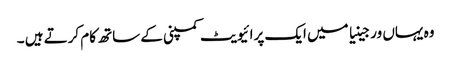
وہ یہاں ورجینیا میں ایک پرائیویٹ کمپنی کے ساتھ کام کرتے ہیں ۔